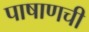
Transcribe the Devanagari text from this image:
पाषाणची